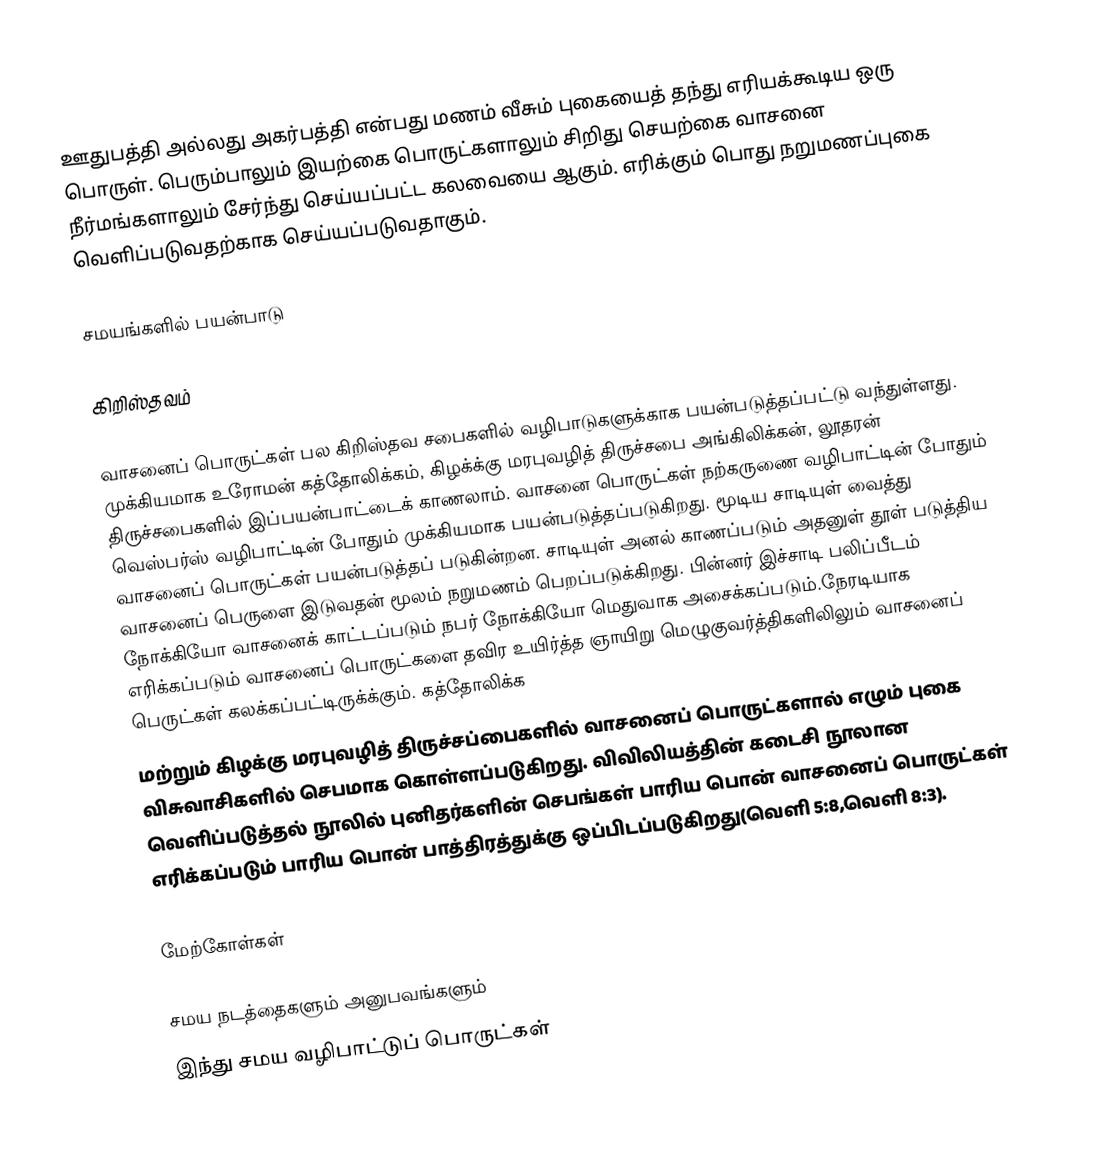
ஊதுபத்தி அல்லது அகர்பத்தி என்பது மணம் வீசும் புகையைத் தந்து எரியக்கூடிய ஒரு பொருள். பெரும்பாலும் இயற்கை பொருட்களாலும் சிறிது செயற்கை வாசனை நீர்மங்களாலும் சேர்ந்து செய்யப்பட்ட கலவையை ஆகும். எரிக்கும் பொது நறுமணப்புகை வெளிப்படுவதற்காக செய்யப்படுவதாகும்.

சமயங்களில் பயன்பாடு

கிறிஸ்தவம்

வாசனைப் பொருட்கள் பல கிறிஸ்தவ சபைகளில் வழிபாடுகளுக்காக பயன்படுத்தப்பட்டு வந்துள்ளது. முக்கியமாக உரோமன் கத்தோலிக்கம், கிழக்க்கு மரபுவழித் திருச்சபை அங்கிலிக்கன், லூதரன் திருச்சபைகளில் இப்பயன்பாட்டைக் காணலாம். வாசனை பொருட்கள் நற்கருணை வழிபாட்டின் போதும் வெஸ்பர்ஸ் வழிபாட்டின் போதும் முக்கியமாக பயன்படுத்தப்படுகிறது. மூடிய சாடியுள் வைத்து வாசனைப் பொருட்கள் பயன்படுத்தப் படுகின்றன. சாடியுள் அனல் காணப்படும் அதனுள் தூள் படுத்திய வாசனைப் பெருளை இடுவதன் மூலம் நறுமணம் பெறப்படுக்கிறது. பின்னர் இச்சாடி பலிப்பீடம் நோக்கியோ வாசனைக் காட்டப்படும் நபர் நோக்கியோ மெதுவாக அசைக்கப்படும்.நேரடியாக எரிக்கப்படும் வாசனைப் பொருட்களை தவிர உயிர்த்த ஞாயிறு மெழுகுவர்த்திகளிலிலும் வாசனைப் பெருட்கள் கலக்கப்பட்டிருக்க்கும். கத்தோலிக்க
மற்றும் கிழக்கு மரபுவழித் திருச்சப்பைகளில் வாசனைப் பொருட்களால் எழும் புகை விசுவாசிகளில் செபமாக கொள்ளப்படுகிறது. விவிலியத்தின் கடைசி நூலான வெளிப்படுத்தல் நூலில் புனிதர்களின் செபங்கள் பாரிய பொன் வாசனைப் பொருட்கள் எரிக்கப்படும் பாரிய பொன் பாத்திரத்துக்கு ஒப்பிடப்படுகிறது(வெளி 5:8,வெளி 8:3).

மேற்கோள்கள்

சமய நடத்தைகளும் அனுபவங்களும்
இந்து சமய வழிபாட்டுப் பொருட்கள்